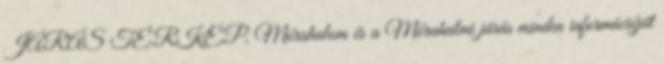
JÁRÁS TÉRKÉP, Mórahalom és a Mórahalmi járás minden információját